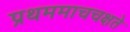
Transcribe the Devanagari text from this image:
प्रथममाचचक्षते